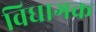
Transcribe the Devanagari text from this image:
विधागक